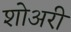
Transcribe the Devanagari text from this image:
शोअरी